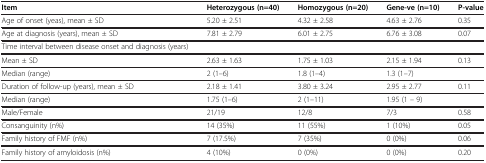
| Item | Heterozygous (n=40) | Homozygous (n=20) | Gene-ve (n=10) | P-value |
 | --- | --- | --- | --- | --- |
 | Age of onset (yeas), mean ± SD | 5.20 ± 2.51 | 4.32 ± 2.58 | 4.63 ± 2.76 | 0.35 |
 | Age at diagnosis (years), mean ± SD | 7.81 ± 2.79 | 6.01 ± 2.75 | 6.76 ± 3.08 | 0.07 |
 | Time interval between disease onset and diagnosis (years) |  |  |  |  |
 | Mean ± SD | 2.63 ± 1.63 | 1.75 ± 1.03 | 2.15 ± 1.94 | 0.13 |
 | Median (range) | 2 (1–6) | 1.8 (1–4) | 1.3 (1–7) |  |
 | Duration of follow-up (years), mean ± SD | 2.18 ± 1.41 | 3.80 ± 3.24 | 2.95 ± 2.77 | 0.11 |
 | Median (range) | 1.75 (1–6) | 2 (1–11) | 1.95 (1 – 9) |  |
 | Male/Female | 21/19 | 12/8 | 7/3 | 0.58 |
 | Consanguinity (n%) | 14 (35%) | 11 (55%) | 1 (10%) | 0.05 |
 | Family history of FMF (n%) | 7 (17.5%) | 7 (35%) | 0 (0%) | 0.06 |
 | Family history of amyloidosis (n%) | 4 (10%) | 0 (0%) | 0 (0%) | 0.20 |